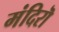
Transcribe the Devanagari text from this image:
मंदिरॊ